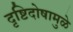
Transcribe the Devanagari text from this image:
दृष्टिदोषामुळे